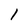
Character: 1